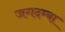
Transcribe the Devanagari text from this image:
जगदम्‍बा